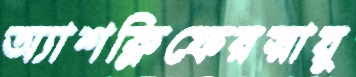
অ্যাশক্লিফেরস্নায়ু